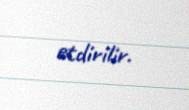
etdirilir.